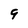
Character: 9